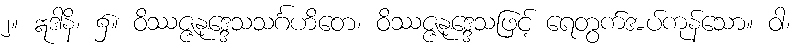
၂။ ဣဒါနိ၊ ၌။ ဝိဿဇ္ဇနုဒ္ဒေသသင်္ဂဟိတေ၊ ဝိဿဇ္ဇနုဒ္ဒေသဖြင့် ရေတွက်အပ်ကုန်သော။ ဝါ၊